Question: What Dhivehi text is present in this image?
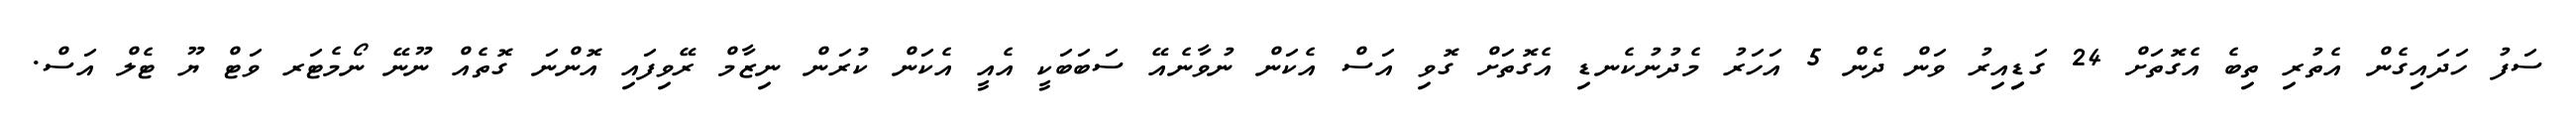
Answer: ސަފު ހަދައިގެން އެތުރި ތިބެ އެގޮތަށް 24 ގަޑިިއިރު ވަން ދެން 5 އަހަރު މެދުނުކެނޑި އެގޮތަށް ގޮވި އަސް އެކަން ނުވާނެއޭ ސަބަބަކީ އެއީ އެކަން ކުރަން ނިޒާމް ރޭވިފައި އޮންނަ ގޮތެއް ނޫނޭ ނޯމެޓަރ ވަޓް ޔޫ ޓެލް އަސް.